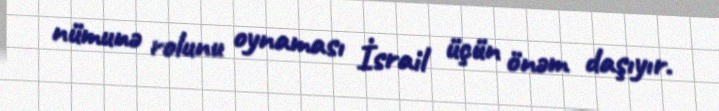
nümunə rolunu oynaması İsrail üçün önəm daşıyır.